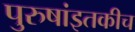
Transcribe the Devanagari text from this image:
पुरुषांइतकीच